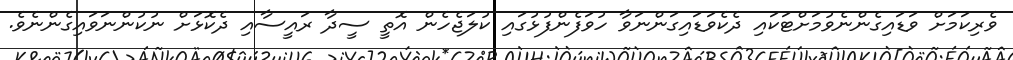
ވެރިކަމަށް ވަޑައިގެންނެވުމަށްޓަކައި ދެކެވަޑައިގަންނަވާ ހުވަފެންފުޅުގައި ކުލަޖެހެން އޮތީ ސީދާ ރައީސާއި ދެކޮޅަށް ނުކުންނަވައިގެންނެވެ.